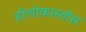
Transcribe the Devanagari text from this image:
होलोकास्तोस